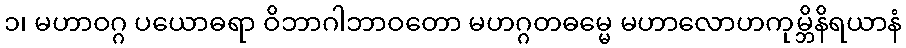
၁၊ မဟာဝဂ္ဂ ပယောဓရာ ဝိဘာဂါဘာဝတော မဟဂ္ဂတဓမ္မေ မဟာလောဟကုမ္ဘိနိရယာနံ